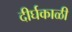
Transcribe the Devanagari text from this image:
दीर्घकाळी